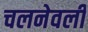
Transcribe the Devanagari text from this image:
चलनेवली